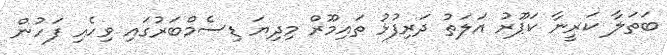
ބަތަލާ ކަރީނާ ކަޕޫރު އަލަތު ދަރިފުޅު ތައިމޫރް މިދިޔަ ޑިސެމްބަރުގައި ވިހެއި ފަހުން